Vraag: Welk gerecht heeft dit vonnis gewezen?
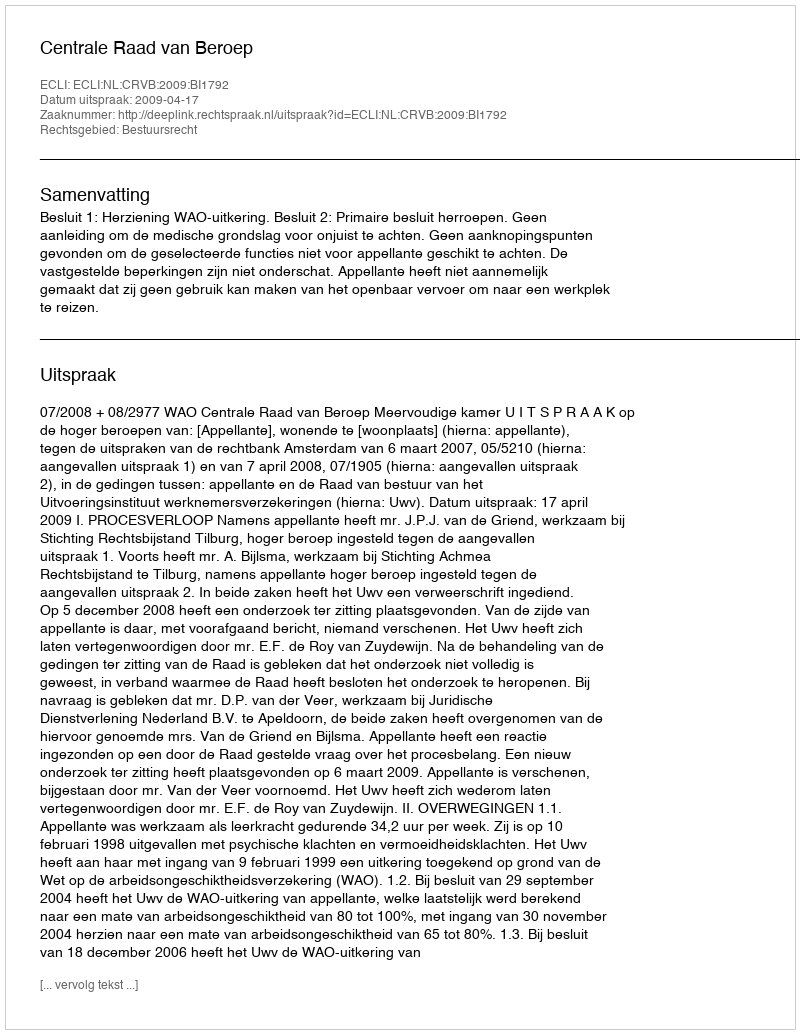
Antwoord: Centrale Raad van Beroep